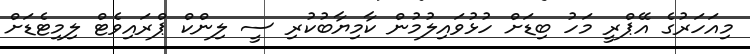
މިއަހަރުގެ އޭޕްރީ މަހު ބިޑަށް ހުޅުވައިލުމުން ކާމިޔާބުކުރި ސީ ލިންކް ޕްރައިވެޓް ލިމިޓެޑަށް